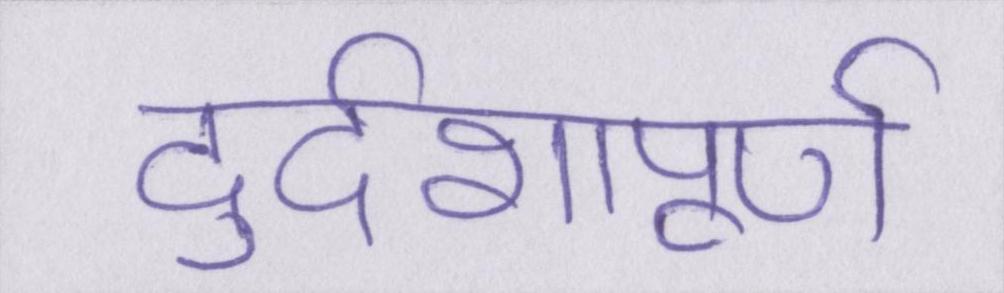
दुर्दशापूर्ण